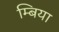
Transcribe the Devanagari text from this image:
म्बिया